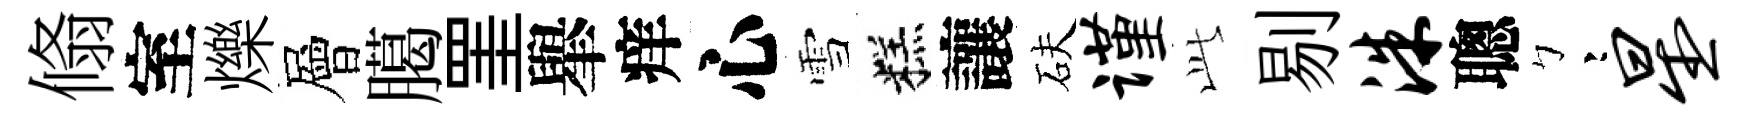
翛室爍層臈罣𦦙痒心雪糕讓砆谨𬼘剔洙聰彎星